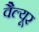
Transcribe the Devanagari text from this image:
वैल्यूर